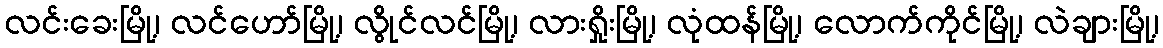
လင်းခေးမြို့၊ လင်ဟော်မြို့၊ လွိုင်လင်မြို့၊ လားရှိုးမြို့၊ လုံထန်မြို့၊ လောက်ကိုင်မြို့၊ လဲချားမြို့၊